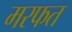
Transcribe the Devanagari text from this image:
मरफत